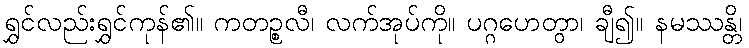
ရွှင်လည်းရွှင်ကုန်၏။ ကတဉ္စလီ၊ လက်အုပ်ကို။ ပဂ္ဂဟေတွာ၊ ချီ၍။ နမဿန္တိ၊